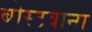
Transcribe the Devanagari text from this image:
बोस्टवाना